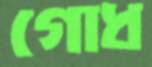
গোধ